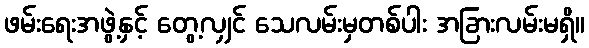
ဖမ်းရေးအဖွဲ့နှင့် တွေ့လျှင် သေလမ်းမှတစ်ပါး အခြားလမ်းမရှိ။